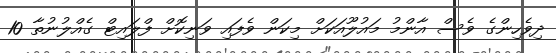
ދިވެހިންގެ ވެސް އާންމު މައުލޫއަކަށް މިކަން ވެފައި ވަނިކޮށް ފްލައިޓް ގެއްލުނުތާ 10